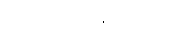
လုပ်ဆောင်ချက်များက